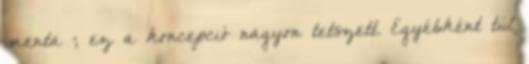
menta ; ez a koncepció nagyon tetszett. Egyébként túl